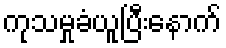
ကုသမှုခံယူပြီးနောက်